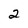
Character: 2